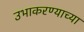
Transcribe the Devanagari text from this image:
उभाकरण्याच्या